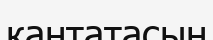
кантатасын